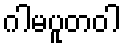
ဂါမပူတဝါ